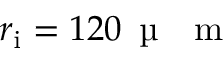
r _ { \mathrm { i } } = 1 2 0 \, \mathrm { ~ \textmu ~ { ~ } ~ m ~ }